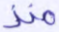
منذ